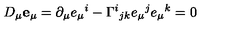
D _ { \mu } { \bf e } _ { \mu } = \partial _ { \mu } e _ { \mu } { } ^ { i } - \Gamma ^ { i } { } _ { j k } e _ { \mu } { } ^ { j } e _ { \mu } { } ^ { k } = 0